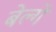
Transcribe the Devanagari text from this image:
बेल्गे